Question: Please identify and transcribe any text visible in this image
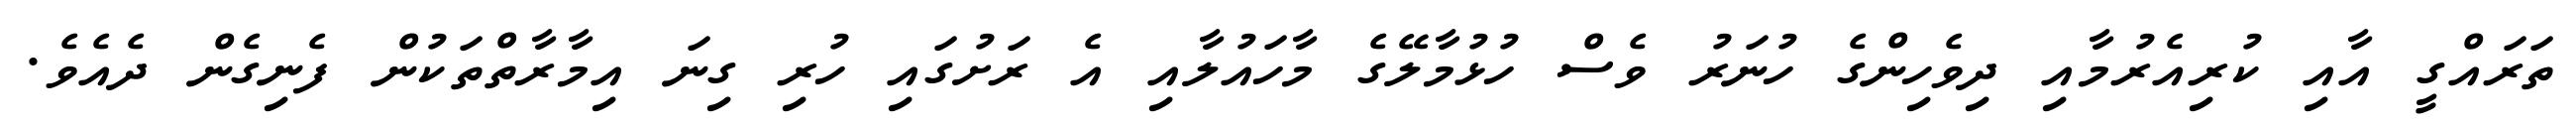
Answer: ތަރައްގީ އާއި ކުރިއެރުމާއި ދިވެހިންގެ ހުނަރު ވެސް ހުޅުމާލޭގެ މާހައުލާއި އެ ރަށުގައި ހުރި ގިނަ އިމާރާތްތަކުން ފެނިގެން ދެއެވެ.